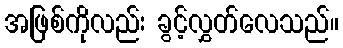
အဖြစ်ကိုလည်း ခွင့်လွှတ်လေသည်။